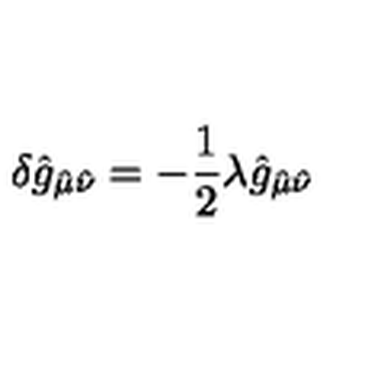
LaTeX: \delta \hat { g } _ { \hat { \mu } \hat { \nu } } = - \frac { 1 } { 2 } \lambda \hat { g } _ { \hat { \mu } \hat { \nu } }